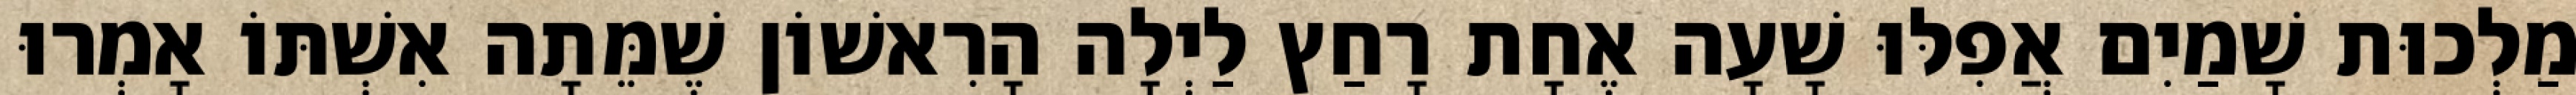
מַלְכוּת שָׁמַיִם אֲפִלּוּ שָׁעָה אֶחָת רָחַץ לַיְלָה הָרִאשׁוֹן שֶׁמֵּתָה אִשְׁתּוֹ אָמְרוּ